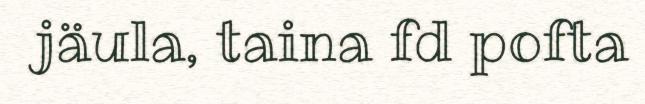
jäula, taina fd pofta